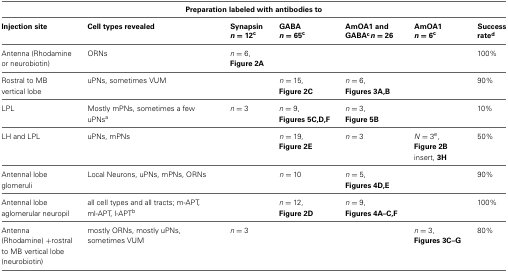
<table><thead><tr><td colspan="7"><b>Preparation labeled with antibodies to</b></td></tr></thead><tbody><tr><td><b>Injection site</b></td><td><b>Cell types revealed</b></td><td><b>Synapsin <i>n</i> = 12<sup>c</sup></b></td><td><b>GABA <i>n</i> = 65<sup>c</sup></b></td><td><b>AmOA1 and GABA<sup>c</sup><i>n</i> = 26</b></td><td><b>AmOA1 <i>n</i> = 6<sup>c</sup></b></td><td><b>Success rate<sup>d</sup></b></td></tr><tr><td>Antenna (Rhodamine or neurobiotin)</td><td>ORNs</td><td><i>n</i> = 6, Figure 2A</td><td></td><td></td><td></td><td>100%</td></tr><tr><td>Rostral to MB vertical lobe</td><td>uPNs, sometimes VUM</td><td></td><td><i>n</i> = 15, Figure 2C</td><td><i>n</i> = 6, Figures 3A,B</td><td></td><td>90%</td></tr><tr><td>LPL</td><td>Mostly mPNs, sometimes a few uPNs<sup>a</sup></td><td><i>n</i> = 3</td><td><i>n</i> = 9, Figures 5C,D,F</td><td><i>n</i> = 3, Figure 5B</td><td></td><td>10%</td></tr><tr><td>LH and LPL</td><td>uPNs, mPNs</td><td></td><td><i>n</i> = 19, Figure 2E</td><td><i>n</i> = 3</td><td><i>N</i> = 3<sup>e</sup>, Figure 2B insert, 3H</td><td>50%</td></tr><tr><td>Antennal lobe glomeruli</td><td>Local Neurons, uPNs, mPNs, ORNs</td><td></td><td><i>n</i> = 10</td><td><i>n</i> = 5, Figures 4D,E</td><td></td><td>90%</td></tr><tr><td>Antennal lobe aglomerular neuropil</td><td>all cell types and all tracts; m-APT, ml-APT, l-APT<sup>b</sup></td><td></td><td><i>n</i> = 12, Figure 2D</td><td><i>n</i> = 9, Figures 4A–C,F</td><td></td><td>100%</td></tr><tr><td>Antenna (Rhodamine) +rostral to MB vertical lobe (neurobiotin)</td><td>mostly ORNs, mostly uPNs, sometimes VUM</td><td><i>n</i> = 3</td><td></td><td></td><td><i>n</i> = 3, Figures 3C–G</td><td>80%</td></tr></tbody></table>